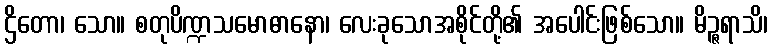
ဌိတော၊ သော။ စတုပိဏ္ဍသမောဓာနော၊ လေးခုသောအစိုင်တို့၏ အပေါင်းဖြစ်သော။ မိဉ္ဇရာသိ၊